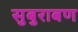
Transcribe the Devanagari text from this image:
सुबुराबण